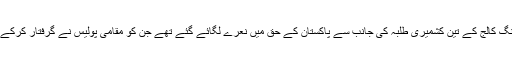
کچھ عرصہ قبل ہبلی کے ہی ایک نجی انجیئرنگ کالج کے تین کشمیری طلبہ کی جانب سے پاکستان کے حق میں نعرے لگائے گئے تھے جن کو مقامی پولیس نے گرفتار کرکے ان کے خلاف بغاوت کا مقدمہ درج کرلیا تھا۔